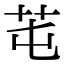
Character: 芚